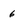
Character: 6